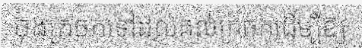
ចុងក្រចកទៅដល់គល់ក្រចកដើម្បីឱ្យ